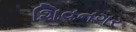
શિવનગર